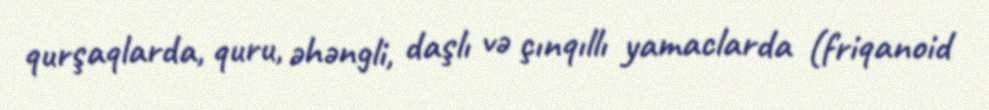
qurşaqlarda, quru, əhəngli, daşlı və çınqıllı yamaclarda (friqanoid